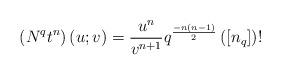
LaTeX: \begin{align*}\left( N^{q}t^{n}\right) \left( u;v\right) =\frac{u^{n}}{v^{n+1}}q^{\frac{-n\left( n-1\right) }{2}}\left( \left[ n_{q}\right] \right) ! \end{align*}